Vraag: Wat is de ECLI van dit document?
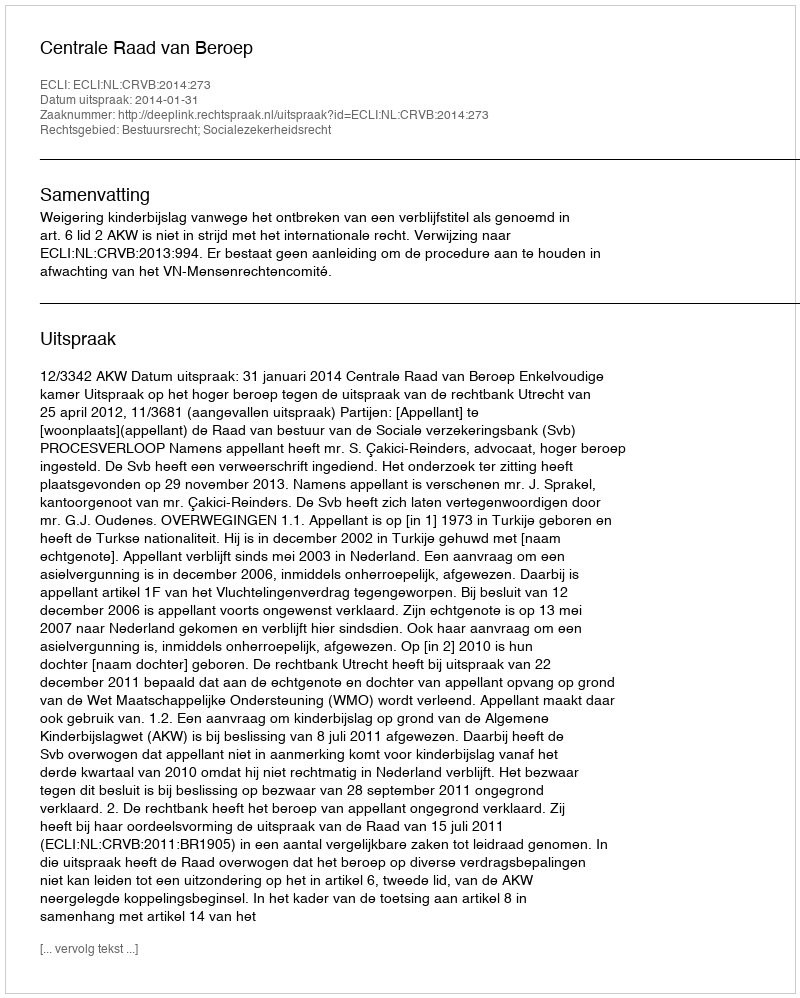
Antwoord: ECLI:NL:CRVB:2014:273